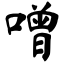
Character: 噌